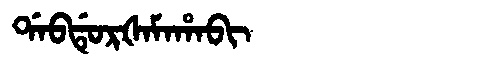
Manchu: ᡩᠠᠪᡩᡠᡵᡧᠠᠮᠠᡥᠠᠪᡳ
Romanization: DABDURŠAMAHABI